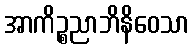
အာကိဉ္စညာဘိနိဝေသာ